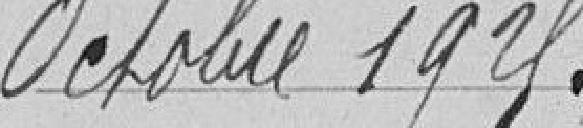
octobre 1925 :